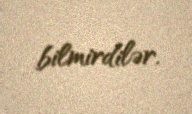
bilmirdilər.